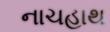
નાચહાથ